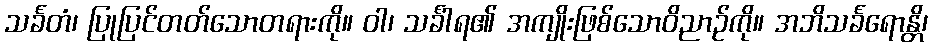
သင်္ခတံ၊ ပြုပြင်တတ်သောတရားကို။ ဝါ၊ သင်္ခါရ၏ အကျိုးဖြစ်သောဝိညာဉ်ကို။ အဘိသင်္ခရောန္တိ၊